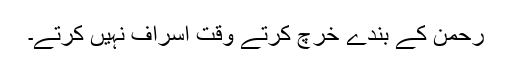
رحمن کے بندے خرچ کرتے وقت اسراف نہیں کرتے۔